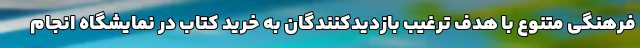
فرهنگی متنوع با هدف ترغیب بازدیدکنندگان به خرید کتاب در نمایشگاه انجام